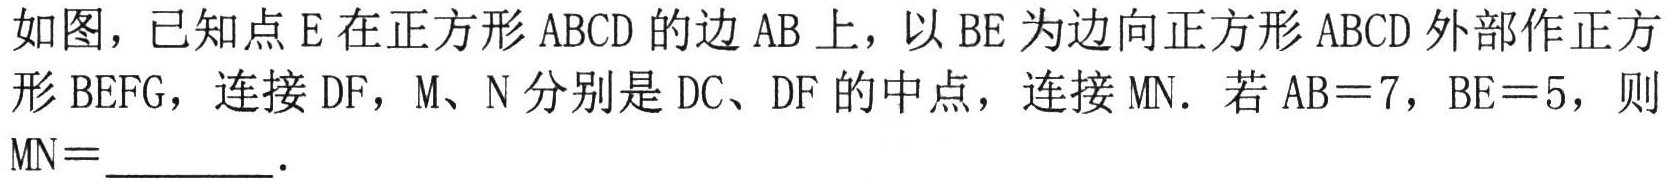
如图，已知点\(E\)在正方形\(ABCD\)的边\(AB\)上，以\(BE\)为边向正方形\(ABCD\)外部作正方形\(BEFG\)，连接\(DF\)，\(M、N\)分别是\(DC、DF\)的中点，连接\(MN\)．若\(AB = 7\)，\(BE = 5\)，则\(MN=\underline{\qquad}\)．